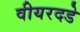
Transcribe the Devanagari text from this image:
वीयरदडे